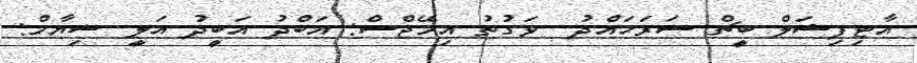
އާޓިފިޝަލް ބީޗް ސަރަހައްދު  ވަގުތު އިމޭޖްސް: އަބްދު އަބީދު އަލީ ޝިޔާމް: